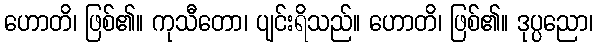
ဟောတိ၊ ဖြစ်၏။ ကုသီတော၊ ပျင်းရိသည်။ ဟောတိ၊ ဖြစ်၏။ ဒုပ္ပညော၊